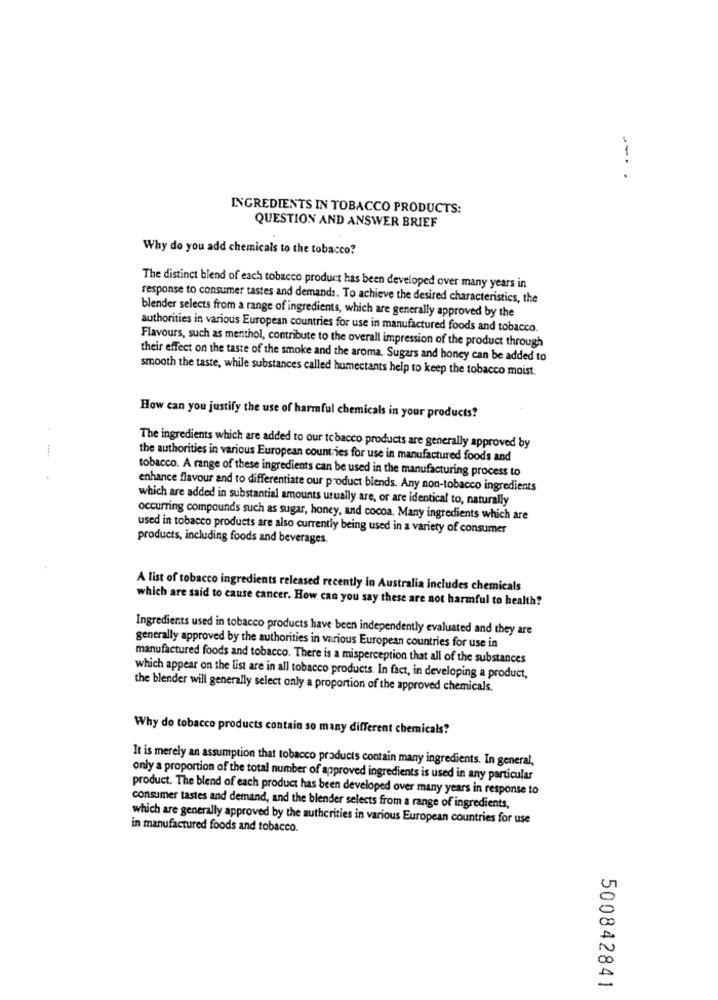
....
INGREDIENTS IN TOBACCO PRODUCTS:
QUESTION AND ANSWER BRIEF
Why do you add chemicals to the tobacco?
The distinct blend of each tobacco product has been developed over many years in
response to consumer tastes and demands. To achieve the desired characteristics, the
blender selects from a range of ingredients, which are generally approved by the
authorities in various European countries for use in manufactured foods and tobacco.
Flavours, such as menthol, contribute to the overall impression of the product through
their effect on the taste of the smoke and the aroma. Sugars and honey can be added to
smooth the taste, while substances called humectants help to keep the tobacco moist.
How can you justify the use of harmful chemicals in your products?
The ingredients which are added to our tobacco products are generally approved by
the authorities in various European countries for use in manufactured foods and
tobacco. A range of these ingredients can be used in the manufacturing process to
enhance flavour and to differentiate our product blends. Any non-tobacco ingredients
which are added in substantial amounts usually are, or are identical to, naturally
occurring compounds such as sugar, honey, and cocoa, Many ingredients which are
used in tobacco products are also currently being used in a variety of consumer
products, including foods and beverages.
A list of tobacco ingredients released recently in Australia includes chemicals
which are said to cause cancer. How can you say these are not harmful to health?
Ingredients used in tobacco products have been independently evaluated and they are
generally approved by the authorities in various European countries for use in
manufactured foods and tobacco. There is a misperception that all of the substances
which appear on the list are in all tobacco products. In fact, in developing a product,
the blender will generally select only a proportion of the approved chemicals.
Why do tobacco products contain so many different chemicals?
It is merely an assumption that tobacco products contain many ingredients. In general,
only a proportion of the total number of approved ingredients is used in any particular
product. The blend of each product has been developed over many years in response to
consumer tastes and demand, and the blender selects from a range of ingredients,
which are generally approved by the authorities in various European countries for use
in manufactured foods and tobacco.
500842841